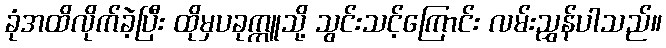
ခုံအထိလိုက်ခဲ့ပြီး ထိုမှပခုက္ကူသို့ သွင်းသင့်ကြောင်း လမ်းညွှန်ပါသည်။